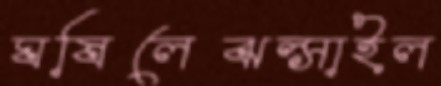
ঘষিলেঝল্‌সাইল